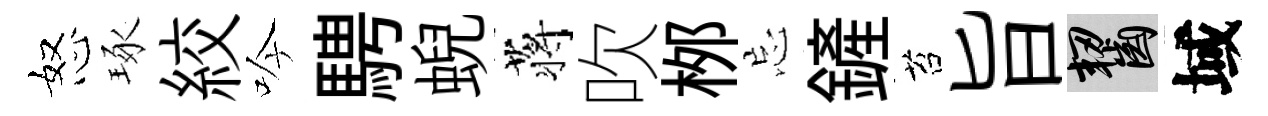
怒琢絞吟騁蜺蒋吹桞忘鏟苔旨齧域